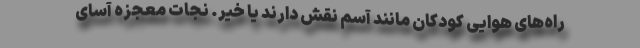
راه‌های هوایی کودکان مانند آسم نقش دارند یا خیر. نجات معجزه آسای